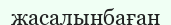
жасалынбаған